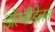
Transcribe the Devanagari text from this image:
डॉल्वीडेलन